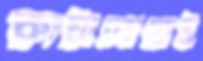
কাটানোতেই